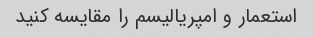
استعمار و امپریالیسم را مقایسه کنید